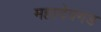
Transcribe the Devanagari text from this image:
महादेवगड